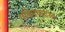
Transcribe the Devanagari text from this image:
पश्चिमघाटात